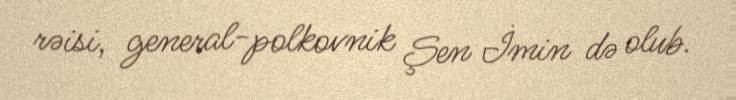
rəisi, general-polkovnik Şen İmin də olub.